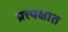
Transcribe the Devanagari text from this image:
प्रत्त्यक्षात